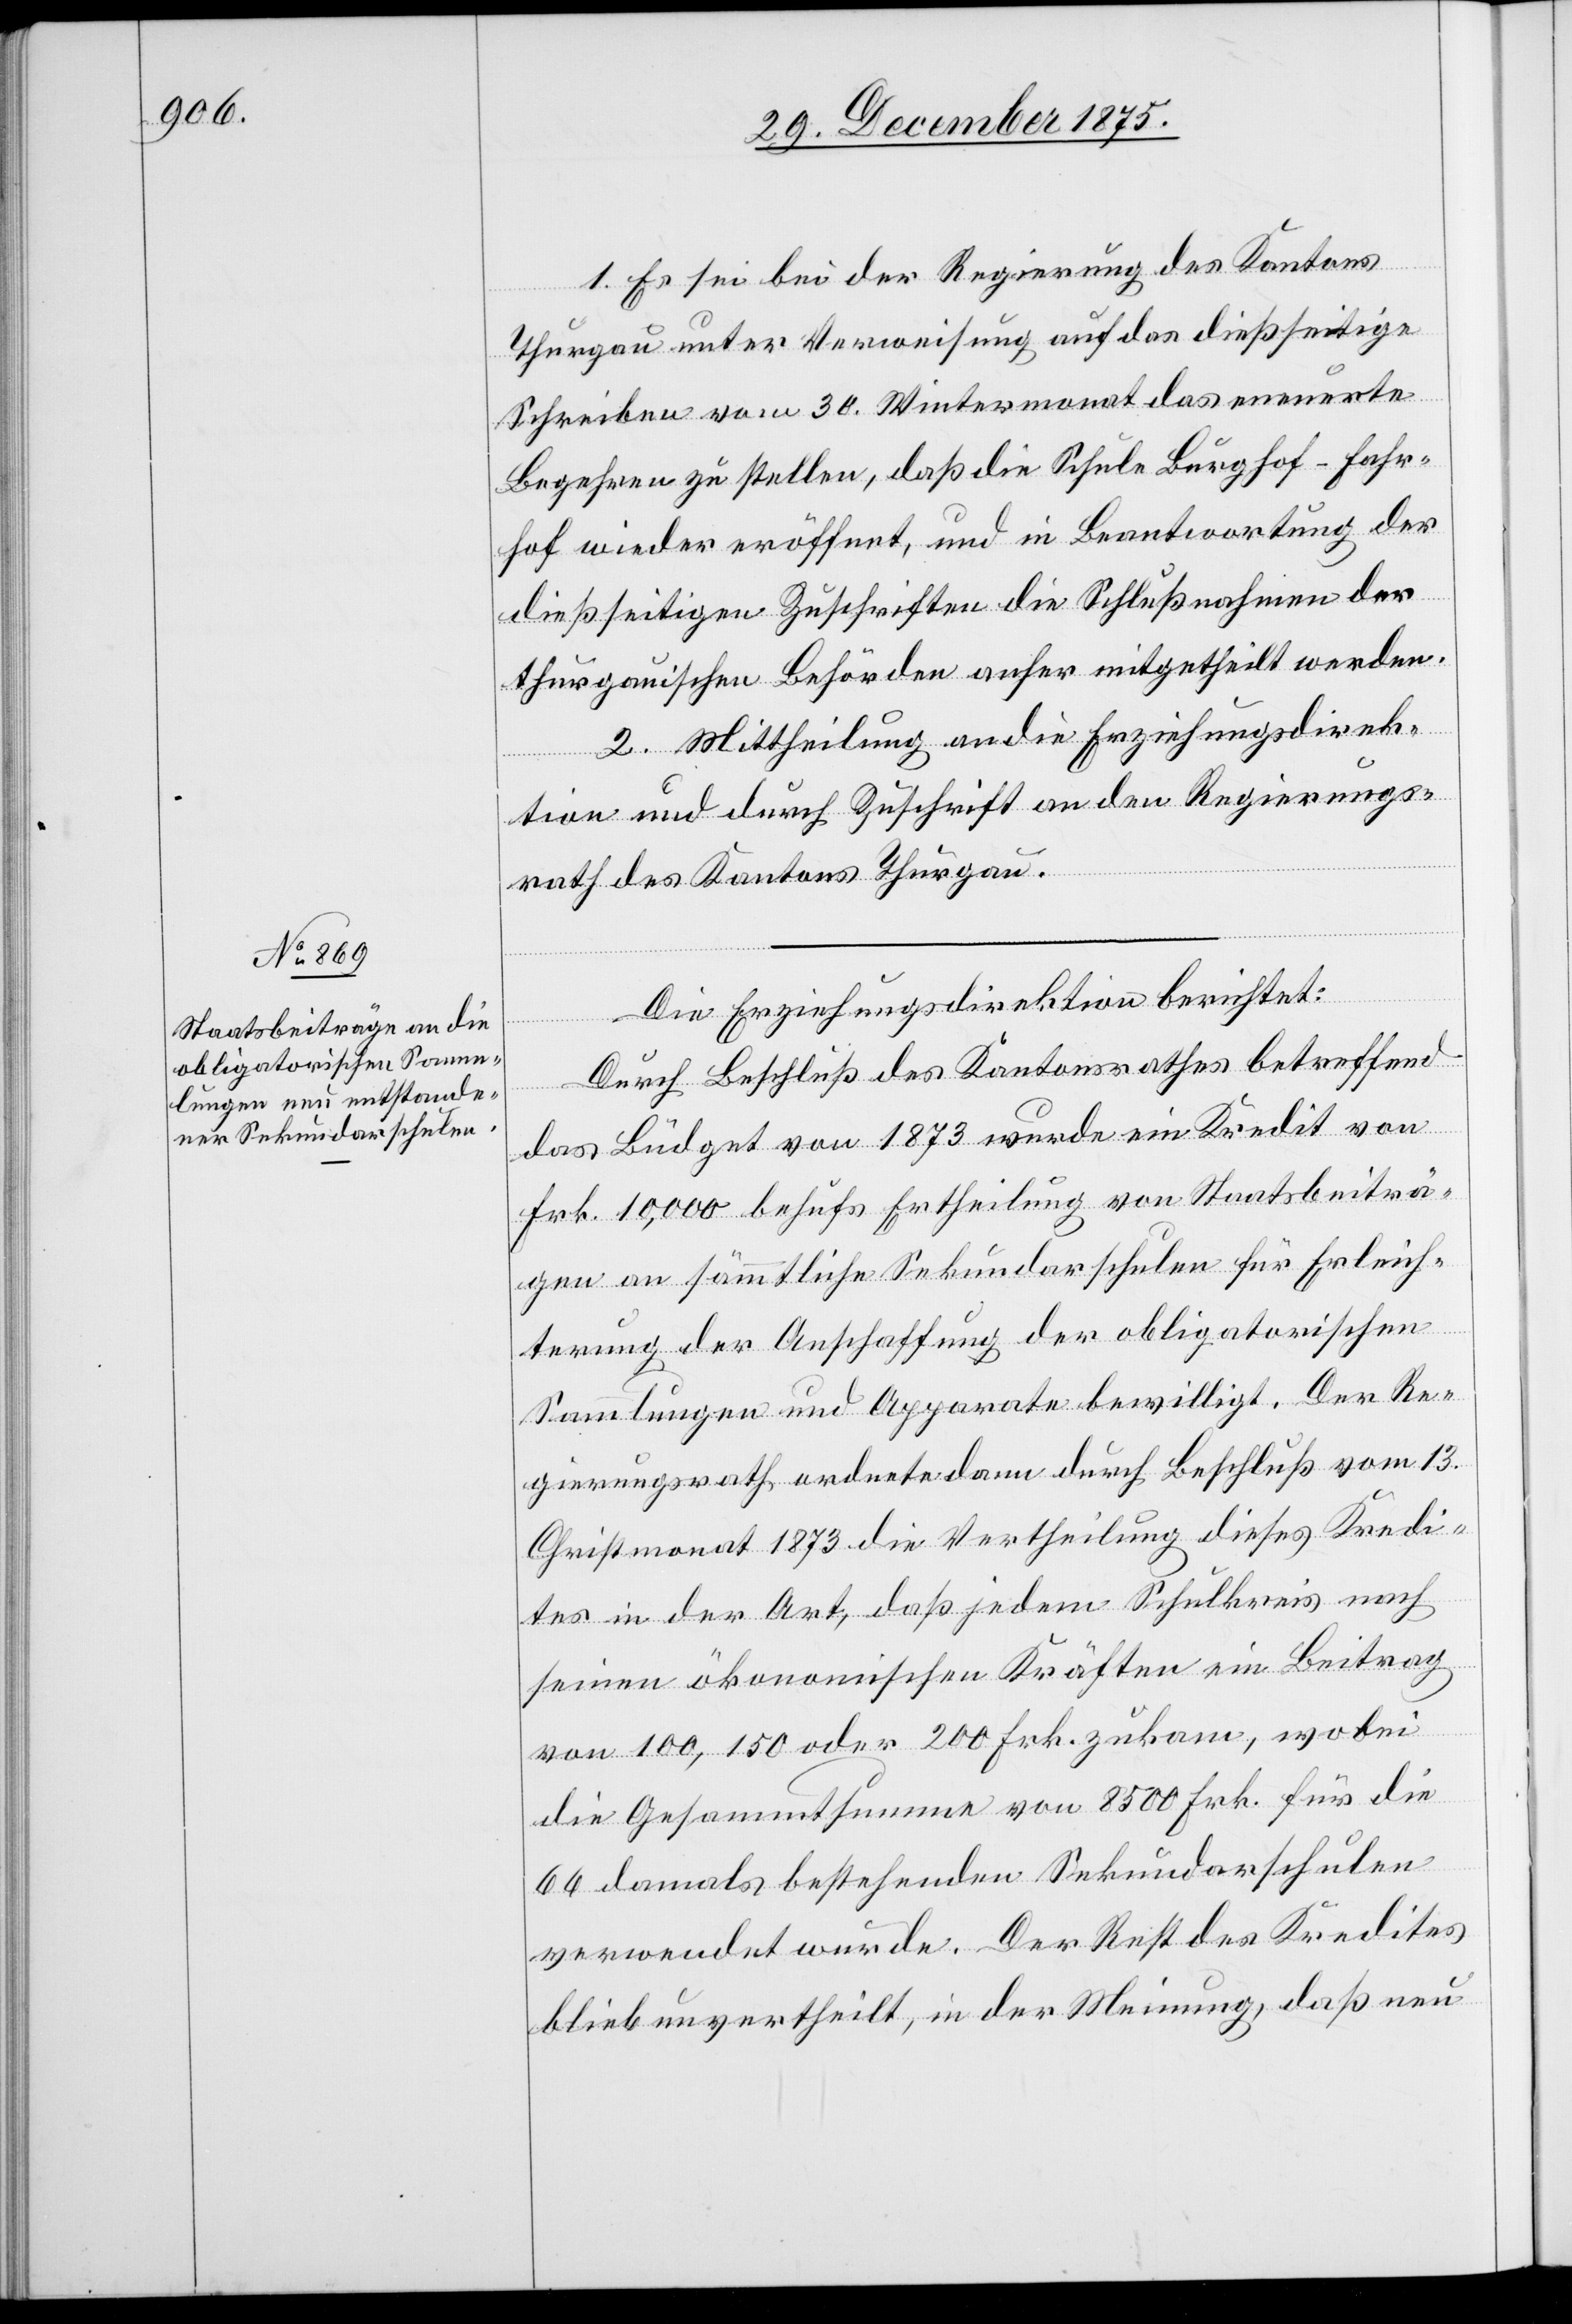
1. Es sei bei der Regierung des Kantons
Thurgau unter Verweisung auf das dießseitige
Schreiben vom 30. Wintermonat das erneuerte
Begehren zu stellen, daß die Schule Burghof-Fahr¬
hof wieder eröffnet, und in Beantwortung der
dießseitigen Zuschriften die Schlußnahmen der
thurgauischen Behörden anher mitgetheilt werden.
2. Mittheilung an die Erziehungsdirek¬
tion und durch Zuschrift an den Regierungs¬
rath des Kantons Thurgau.
Die Erziehungsdirektion berichtet:
Durch Beschluß des Kantonsrathes betreffend
das Büdget von 1873 wurde ein Kredit von
Frk. 10,000 behufs Ertheilung von Staatsbeiträ¬
gen an sämmtliche Sekundarschulen für Erleich¬
terung der Anschaffung der obligatorischen
Sammlungen und Apparate bewilligt. Der Re¬
gierungsrath ordnete dann durch Beschluß vom 13.
Christmonat 1873 die Vertheilung dieses Kredi¬
tes in der Art, daß jedem Schulkreis nach
seinen ökonomischen Kräften ein Beitrag
von 100, 150 oder 200 Frk. zukam, wobei
die Gesammtsumme von 8500 Frk. für die
66 damals bestehenden Sekundarschulen
verwendet wurde. Der Rest des Kredites
blieb unvertheilt, in der Meinung, daß neu